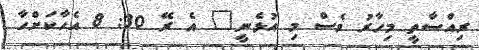
ރިއްސާތީ މިހާރު ވެސް މި އުޅެނީ" އެ ރޭ 30: 8 އެހާކަށްހާ